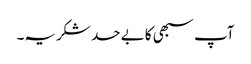
آپ سبھی کا بے حد شکریہ۔